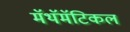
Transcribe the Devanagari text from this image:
मॅथॅमॅटिकल